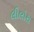
લીલોરા